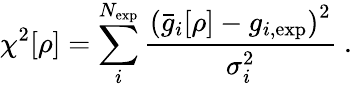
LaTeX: \chi^{2}[\rho]=\sum_{i}^{N_{\textrm{exp}}}\frac{\left(\bar{g}_{i}[\rho]-g_{i,\textrm{exp}}\right)^{2}}{\sigma_{i}^{2}}~.